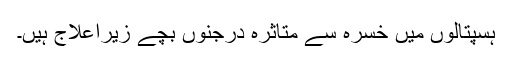
ہسپتالوں میں خسرہ سے متاثرہ درجنوں بچے زیراعلاج ہیں۔